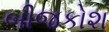
બીજકોશ